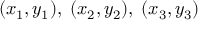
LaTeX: ( x _ { 1 } , y _ { 1 } ) , \; ( x _ { 2 } , y _ { 2 } ) , \; ( x _ { 3 } , y _ { 3 } )